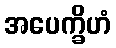
အပေက္ခိဟံ